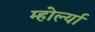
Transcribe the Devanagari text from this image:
म्होर्ल्या